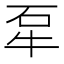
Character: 㸴